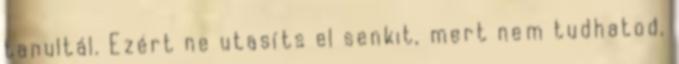
tanultál. Ezért ne utasíts el senkit, mert nem tudhatod,